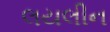
લયલીન